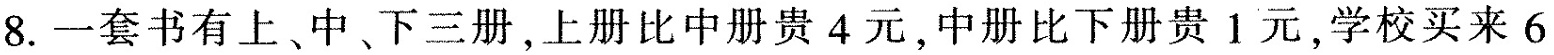
8.一套书有上、中、下三册，上册比中册贵4元，中册比下册贵1元，学校买来6